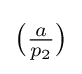
{\big (}{\tfrac {a}{p_{2}}}{\big )}